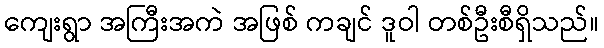
ကျေးရွာ အကြီးအကဲ အဖြစ် ကချင် ဒူဝါ တစ်ဦးစီရှိသည်။